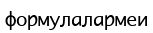
формулалармеи